Annual report on the Civil Veterinary Department, Burma (including the Insein Veterinary School) - 1932-1941
Year: 1932
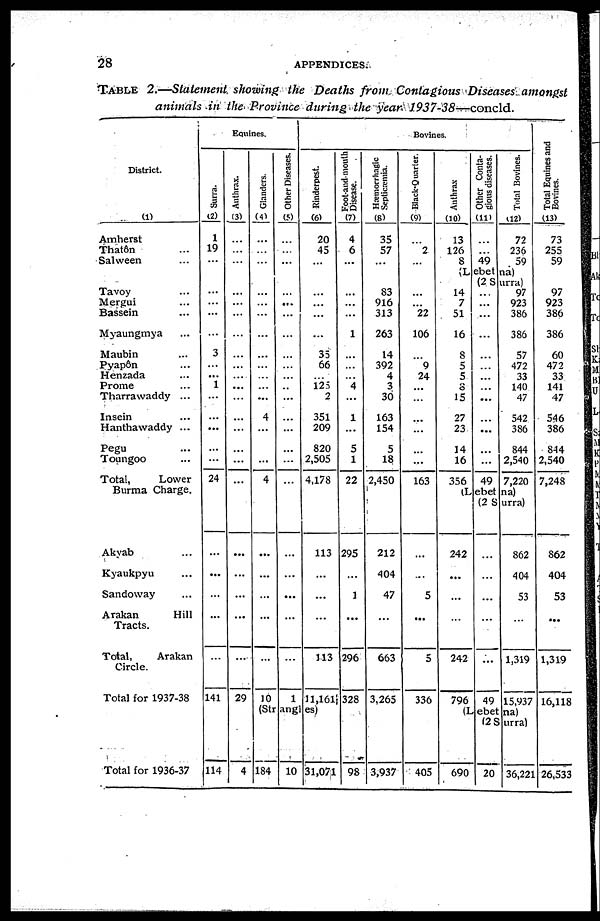
28
APPENDICES.
TABLE 2.—Statement showing
the
Deaths
from
Contagious
Diseases
amongst
animals
in the Province
during
the year
1937-38—concld.
District.
(1)
Amherst
Thatôn ...
Salween ...
Tavoy ...
Mergui ...
Bassein ...
Myaungmya ...
Maubin ...
Pyapôn ...
Henzada ...
Prome ...
Tharrawaddy ...
Insein ...
Hanthawaddy ...
Pegu ...
Toungoo ...
Total,
Lower
Burma Charge.
Akyab ...
Kyaukpyu ...
Sandoway ...
Arakan
Hill
Tracts.
Total,
Arakan
Circle.
Total for 1937-38
Total for 1936-37
Equines.
Surra.
(2)
1
19
...
...
...
...
...
3
...
...
1
...
...
...
...
...
24
...
...
...
...
...
141
114
Anthrax.
(3)
...
...
...
...
...
...
...
...
...
...
...
...
...
...
...
...
...
...
...
...
...
...
29
4
Glanders.
(4)
...
...
...
...
...
...
...
...
...
...
...
...
4
...
...
...
4
...
...
...
...
...
10
Other Diseases.
(5)
...
...
...
...
...
...
...
...
...
...
...
...
...
...
...
...
...
...
...
...
...
...
1
Bovines.
Rinderpest.
(6)
20
45
...
...
...
...
...
35
66
125
2
351
209
820
2,505
4,178
113
...
...
...
113
11,161
(Stangles)
184
10 31,071
Foot-and-mouth
Disease.
(7)
4
6
...
...
...
...
1
...
...
4
...
1
...
5
1
22
295
...
1
...
296
328
98
Hæmorrhagic
Septicæmia.
(8)
35
57
...
83
916
313
263
14
392
4
3
30
163
154
5
18
2,450
212
404
47
...
663
3,265
3,937
Black-Quarter.
(9)
...
2
...
...
...
22
106
...
9
24
...
...
...
...
...
...
163
...
...
5
...
5
336
405
Anthrax
(10)
13
126
8
Other Conta-
gious diseases.
(11)
...
...
49
Total Bovines.
(12)
72
236
59
(Lebetna)
(2 Surra) 14
7
51
16
8
5
5
8
15
27
23
14
16
356
...
...
...
...
...
...
...
...
...
...
...
...
...
49
97
923
386
386
57
472
33
140
47
542
386
844
2,540
7,220
(Lebetna)
(2 Surra)
242
...
...
...
242
796
...
...
...
...
...
49
862
404
53
...
1,319
15,937
(Lebetna)
(2 Surra)
690
20 36,221
Tot al Equi ne s and
Bovi ne s .
(13)
73
255
59
97
923
386
386
60
472
33
141
47
546
386
844
2,540
7,248
862
404
53
...
1,319
16,118
26,533